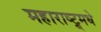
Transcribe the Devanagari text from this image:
महाराष्ट्र्मधे